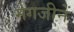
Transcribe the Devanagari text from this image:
मेगजीनें